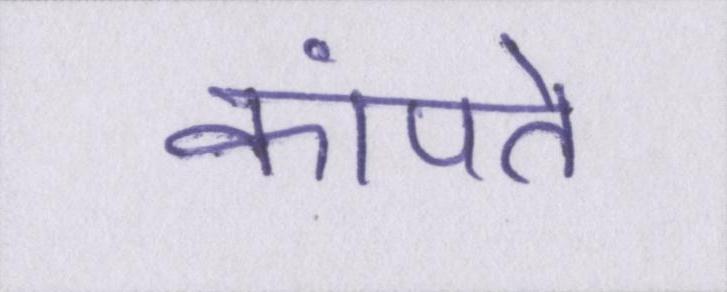
कांपते